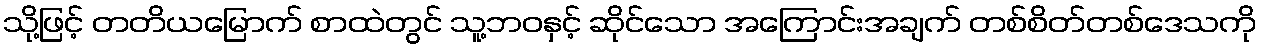
သို့ဖြင့် တတိယမြောက် စာထဲတွင် သူ့ဘဝနှင့် ဆိုင်သော အကြောင်းအချက် တစ်စိတ်တစ်ဒေသကို